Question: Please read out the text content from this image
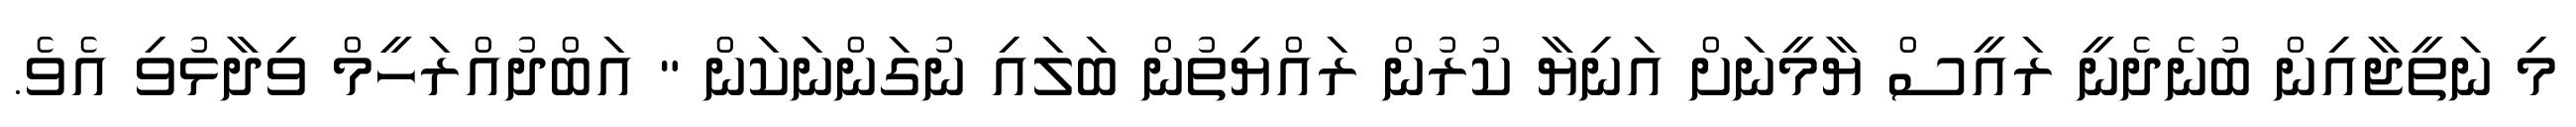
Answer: މި ނަތީޖާއިން ބުނެދެނީ ރައީސް ޔާމީނަށް އަނިޔާ ކުރުން ރައްޔިތުން ބަލައި ނުގަންނަކަން " އަބްދުއްރަހީމް ވިދާޅުވި އެވެ.